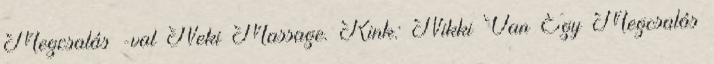
Megcsalás -val Neki Massage. Kink: Nikki Van Egy Megcsalás